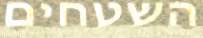
השטחים